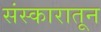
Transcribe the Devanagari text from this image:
संस्कारातून